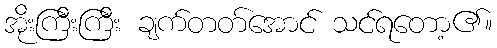
အိုးကြီးကြီး ချက်တတ်အောင် သင်ရတော့၏။